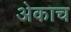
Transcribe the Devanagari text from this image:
अेकाच